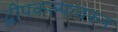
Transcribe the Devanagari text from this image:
द्वीपकल्पावरुन